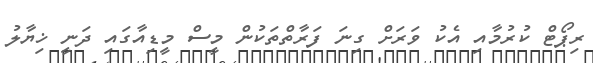
ރިޕޯޓް ކުރުމާއި އެކު ވަރަށް ގިނަ ފަރާތްތަކުން މީސް މީޑިއާގައި ދަނީ ޚިޔާލު